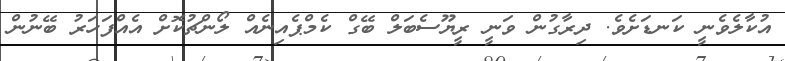
އުކާލެވެނީ ކަނޑަށެވެ. ދިރާގުން ވަނީ ރީޔޫސެބަލް ބޭގް ކެމްޕެއިނެއް ލޯންޗުކޮށް އެއްފަހަރު ބޭނުން